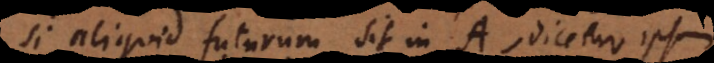
Si aliquid futurum sit in A, dicetur ipsum